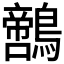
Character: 𪆡